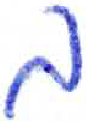
אות: ב